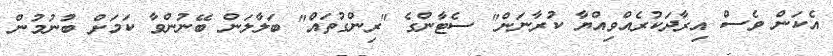
އެކަން ވެސް އިރާދަކުރެއްވިއްޔާ ކުރާނަން" ސެޓާންގެ "ރިންގުތައް" ބަލާލަން ބޭނުންވާ ކަމަށް ބުނުމުން